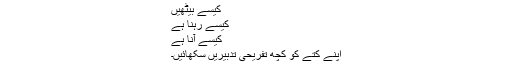
کیسے بیٹھیں
کیسے رہنا ہے
کیسے آنا ہے
اپنے کتے کو کچھ تفریحی تدبیریں سکھائیں۔